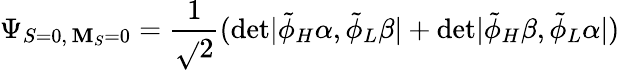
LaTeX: \Psi_{S=0,\, \mathbf{M}_{S}=0}=\frac{{1}}{{\sqrt{}{2}}}(\mathrm{{det}}|\tilde{{\phi}}_{H}\alpha,\tilde{{\phi}}_{L}\beta|+\mathrm{{det}}|\tilde{{\phi}}_{H}\beta,\tilde{{\phi}}_{L}\alpha|)